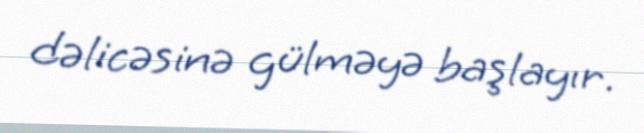
dəlicəsinə gülməyə başlayır.